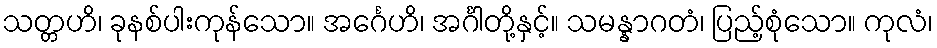
သတ္တဟိ၊ ခုနစ်ပါးကုန်သော။ အင်္ဂေဟိ၊ အင်္ဂါတို့နှင့်။ သမန္နာဂတံ၊ ပြည့်စုံသော။ ကုလံ၊